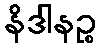
နိဒါနဉ္စ